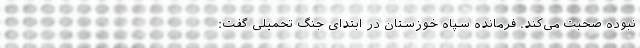
نبوده صحبت می‌کند. فرمانده سپاه خوزستان در ابتدای جنگ تحمیلی گفت: